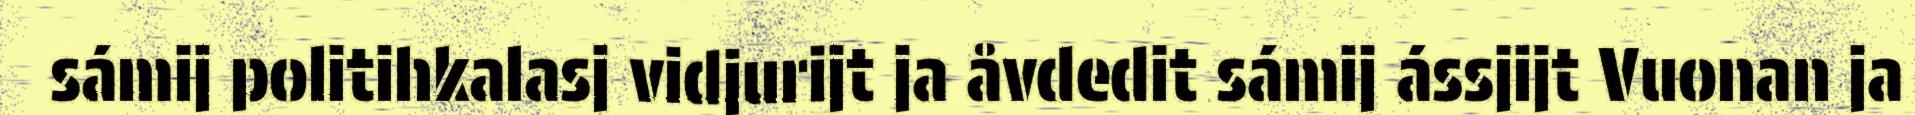
sámij politihkalasj vidjurijt ja åvdedit sámij ássjijt Vuonan ja